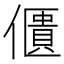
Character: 𠏺